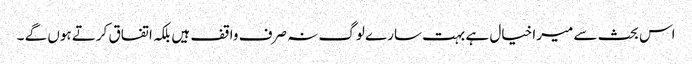
اس بحث سے میرا خیال ہے بہت سارے لوگ نہ صرف واقف ہیں بلکہ اتفاق کرتے ہوں گے ۔